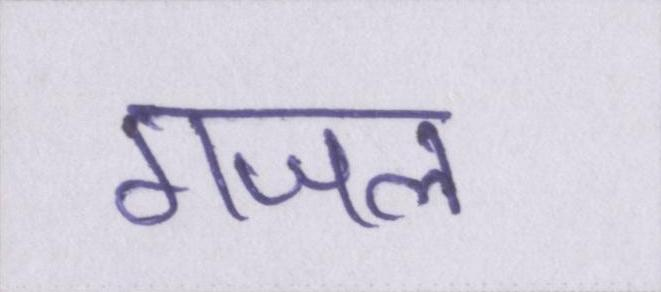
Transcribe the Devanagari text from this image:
गजल